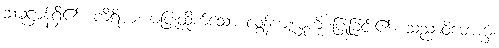
သမုဋ္ဌာန်ရှိ၏။ ကိရိယံ၊ မပြုထိုက်သော လွန်ကျူးမှုကို ပြုခြင်း၏။ သညာဝိမောက္ခံ၊